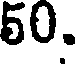
50.